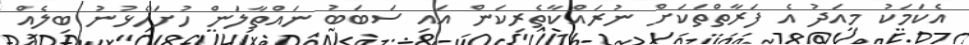
އެކަމަކު މިއަދު އެ ފަރާތްތަކަށް ނުރައްކާތެރިކަން އައި ސަބަބު ނައްތާލަން ހުށަހެޅުނު ބިލެއް